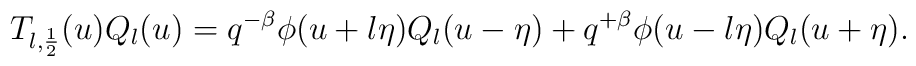
T_{l, \frac12}(u) Q_{l}(u) = q^{-\beta}\phi (u+l \eta) Q_{l} (u-\eta) +q^{+\beta}\phi (u-l \eta) Q_{l} (u+\eta).